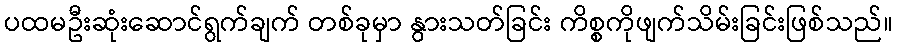
ပထမဦးဆုံးဆောင်ရွက်ချက် တစ်ခုမှာ နွားသတ်ခြင်း ကိစ္စကိုဖျက်သိမ်းခြင်းဖြစ်သည်။